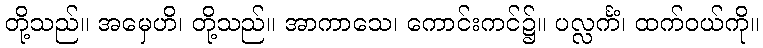
တို့သည်။ အမှေဟိ၊ တို့သည်။ အာကာသေ၊ ကောင်းကင်၌။ ပလ္လင်္ကံ၊ ထက်ဝယ်ကို။